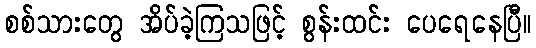
စစ်သားတွေ အိပ်ခဲ့ကြသဖြင့် စွန်းထင်း ပေရေနေပြီ။